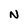
Character: N